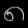
Digit: ၈